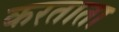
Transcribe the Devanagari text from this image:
करताता